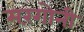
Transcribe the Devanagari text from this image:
मरंगोनी